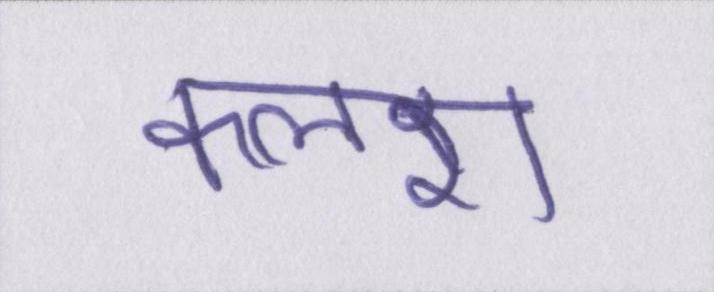
कलश